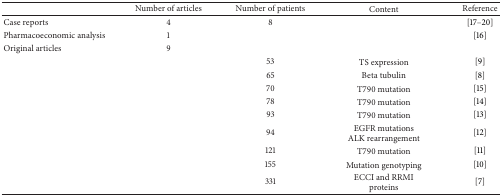
<table><thead><tr><td><b> </b></td><td><b>Number of articles</b></td><td><b>Number of patients</b></td><td><b>Content</b></td><td><b>Reference</b></td></tr></thead><tbody><tr><td>Case reports</td><td>4</td><td>8</td><td> </td><td>[17–20]</td></tr><tr><td>Pharmacoeconomic analysis</td><td>1</td><td> </td><td> </td><td>[16]</td></tr><tr><td>Original articles</td><td>9</td><td> </td><td> </td><td> </td></tr><tr><td> </td><td> </td><td>53</td><td>TS expression</td><td>[9]</td></tr><tr><td> </td><td> </td><td>65</td><td>Beta tubulin</td><td>[8]</td></tr><tr><td> </td><td> </td><td>70</td><td>T790 mutation</td><td>[15]</td></tr><tr><td> </td><td> </td><td>78</td><td>T790 mutation</td><td>[14]</td></tr><tr><td> </td><td> </td><td>93</td><td>T790 mutation</td><td>[13]</td></tr><tr><td> </td><td> </td><td>94</td><td>EGFR mutationsALK rearrangement</td><td>[12]</td></tr><tr><td> </td><td> </td><td>121</td><td>T790 mutation</td><td>[11]</td></tr><tr><td> </td><td> </td><td>155</td><td>Mutation genotyping</td><td>[10]</td></tr><tr><td> </td><td> </td><td>331</td><td>ECCI and RRMI proteins</td><td>[7]</td></tr></tbody></table>